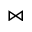
\bowtie